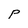
Character: P